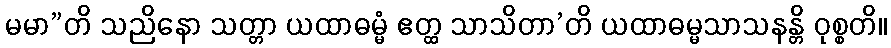
မမာ”တိ သညိနော သတ္တာ ယထာဓမ္မံ ဧတ္ထ သာသိတာ’တိ ယထာဓမ္မသာသနန္တိ ဝုစ္စတိ။